Scottish Leaving Certificate Examination, 1958
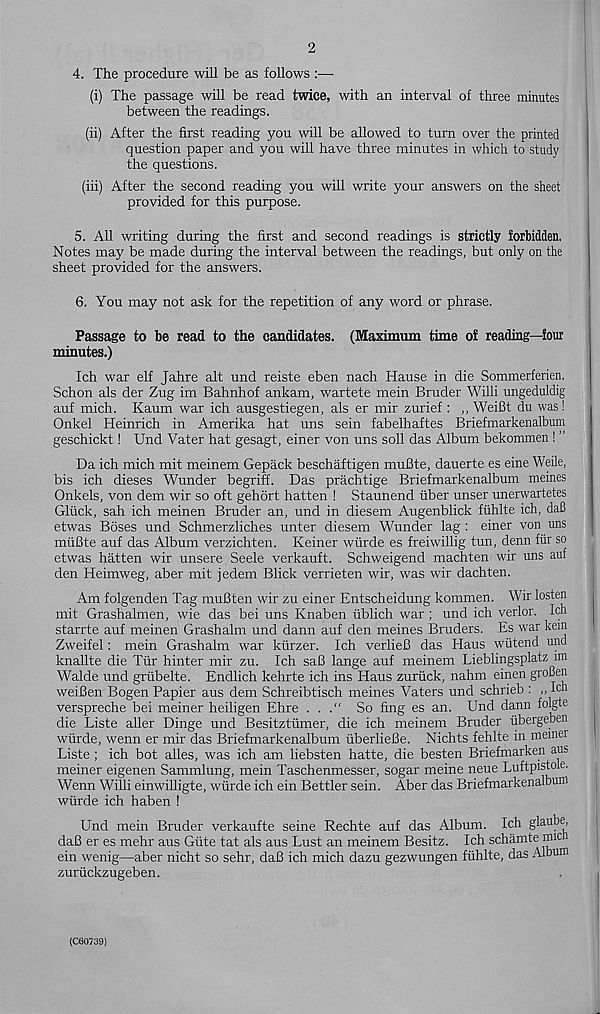
2
4. The procedure will be as follows
(i) The passage will be read twice, with an interval of three minutes
between the readings.
(ii) After the first reading you will be allowed to turn over the printed
question paper and you will have three minutes in which to study
the questions.
(iii) After the second reading you will write your answers on the sheet
provided for this purpose.
5. All writing during the first and second readings is strictly forbidden,
Notes may be made during the interval between the readings, but only on the
sheet provided for the answers.
6. You may not ask for the repetition of any word or phrase.
Passage to be read to the candidates. (Maximum time of reading—four
minutes.)
Ich war elf Jahre alt und reiste eben nach Hause in die Sommerferien.
Schon als der Zug im Bahnhof ankam, wartete mein Bruder Willi ungeduldig
auf mich. Kaum war ich ausgestiegen, als er mir zurief : „ WeiBt du was!
Onkel Heinrich in Amerika hat uns sein fabelhaftes Briefmarkenalbum
geschickt! Und Vater hat gesagt, einer von uns soil das Album bekommen ! ”
Da ich mich mit meinem Gepack beschaftigen muBte, dauerte es eine Weile,
bis ich dieses Wunder begriff. Das prachtige Briefmarkenalbum meines
Onkels, von dem wir so oft gehort hatten ! Staunend fiber unser unerwartetes
Glfick, sah ich meinen Bruder an, und in diesem Augenblick ftihlte ich, daB
etwas Boses und Schmerzliches unter diesem Wunder lag : einer von uns
mfifite auf das Album verzichten. Keiner wfirde es freiwillig tun, denn fur so
etwas hatten wir unsere Seele verkauft. Schweigend machten wir uns auf
den Heimweg, aber mit jedem Blick verrieten wir, was wir dachten.
Am folgenden Tag muBten wir zu einer Entscheidung kommen. Wir losten
mit Grashalmen, wie das bei uns Knaben fiblich war; und ich verlor. Ich
starrte auf meinen Grashalm und dann auf den meines Bruders. Es war kem
Zweifel: mein Grashalm war kfirzer. Ich verlieB das Haus wfitend und
knallte die Tfir hinter mir zu. Ich saB lange auf meinem Lieblingsplatz im
Walde und grfibelte. Endlich kehrte ich ins Haus zurfick, nahm einen groBen
weiBen Bogen Papier aus dem Schreibtisch meines Vaters und schrieb : ,, Ich
verspreche bei meiner heiligen Ehre . . .“ So fing es an. Und dann folgte
die Liste aller Dinge und Besitztumer, die ich meinem Bruder fibergepen
wfirde, wenn er mir das Briefmarkenalbum fiberlieBe. Nichts fehlte in memei
Liste ; ich bot alles, was ich am liebsten hatte, die besten Briefmarken aus
meiner eigenen Sammlung, mein Taschenmesser, sogar meine neue Luftpistole.
Wenn Willi einwilligte, wfirde ich ein Bettler sein. Aber das Briefmarkenalbum
wfirde ich haben !
Und mein Bruder verkaufte seine Rechte auf das Album. Ich glaube,
daB er es mehr aus Gfite tat als aus Lust an meinem Besitz. Ich schamte rmc
ein wenig—aber nicht so sehr, daB ich mich dazu gezwungen ffihlte, das Album
zurfickzugeben.
(C60739)